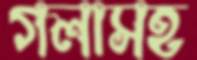
গলাসহ